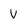
Character: V